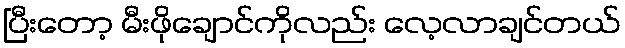
ပြီးတော့ မီးဖိုချောင်ကိုလည်း လေ့လာချင်တယ်